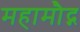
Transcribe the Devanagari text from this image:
महामौद्ग